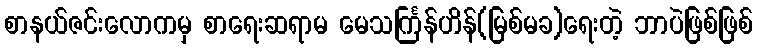
စာနယ်ဇင်းလောကမှ စာရေးဆရာမ မေသင်္ကြန်ဟိန်(မြစ်မခ)ရေးတဲ့ ဘာပဲဖြစ်ဖြစ်